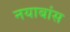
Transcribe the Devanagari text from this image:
नयाबांस